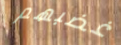
غضبهم